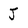
Character: J